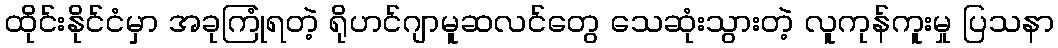
ထိုင်းနိုင်ငံမှာ အခုကြုံရတဲ့ ရိုဟင်ဂျာမူဆလင်တွေ သေဆုံးသွားတဲ့ လူကုန်ကူးမှု ပြသနာ